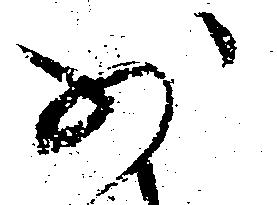
少